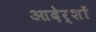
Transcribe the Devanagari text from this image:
आदेर्शों